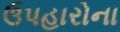
ઉપહારોના